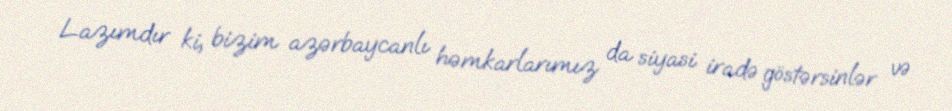
Lazımdır ki, bizim azərbaycanlı həmkarlarımız da siyasi iradə göstərsinlər və